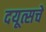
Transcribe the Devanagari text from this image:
दयूत्सचें